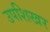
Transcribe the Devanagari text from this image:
उपशिखर